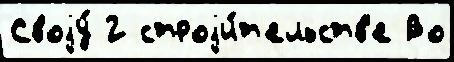
Своjу́ 2 строjи́т'ельств'е Во